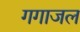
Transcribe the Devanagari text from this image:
गगाजल